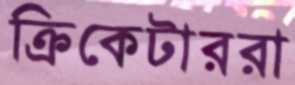
ক্রিকেটাররা